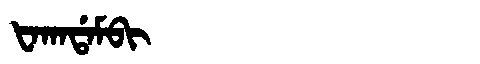
Manchu: ᡶᠠᡴᠠᡩᠠᠮᠪᡳ
Romanization: FAKADAMBI